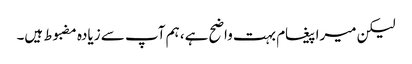
لیکن میرا پیغام بہت واضح ہے، ہم آپ سے زیادہ مضبوط ہیں۔